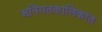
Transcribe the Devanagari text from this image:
अनियतकालिकांत